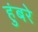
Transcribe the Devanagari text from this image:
हुंबरे